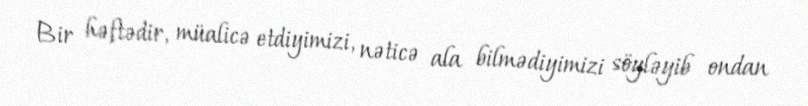
Bir həftədir, müalicə etdiyimizi, nəticə ala bilmədiyimizi söyləyib ondan